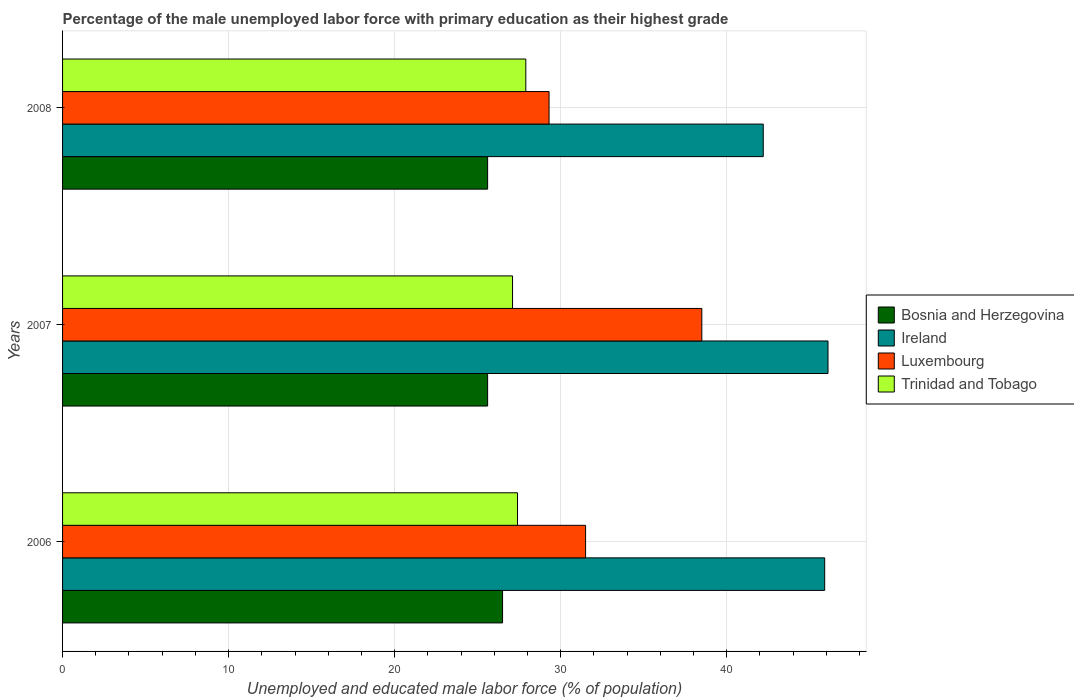
| Years | Bosnia and Herzegovina | Ireland | Luxembourg | Trinidad and Tobago |
 | --- | --- | --- | --- | --- |
 | 2006 | 26.5 | 45.9 | 31.5 | 27.4 |
 | 2007 | 25.6 | 46.1 | 38.5 | 27.1 |
 | 2008 | 25.6 | 42.2 | 29.3 | 27.9 |